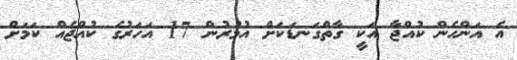
އެ އަންހެން ކުއްޖާ އަކީ ގާތްގަނޑަކަށް އުމުރުން 17 އަހަރުގެ ކުއްޖެއް ކަމަށް